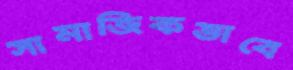
সামাজিকভাবে